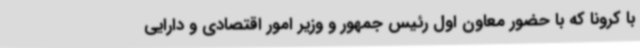
با کرونا که با حضور معاون اول رئیس جمهور و وزیر امور اقتصادی و دارایی